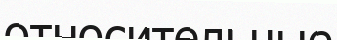
относительные